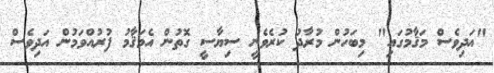
"އަދިވެސް މަޤާމުގައި" މިބަހުން މުރާދު ކުރެވެނީ ސިޔާސީ ގޮތުން އެމަޤާމު ފުރުއްވަމުން އަދިވެސް